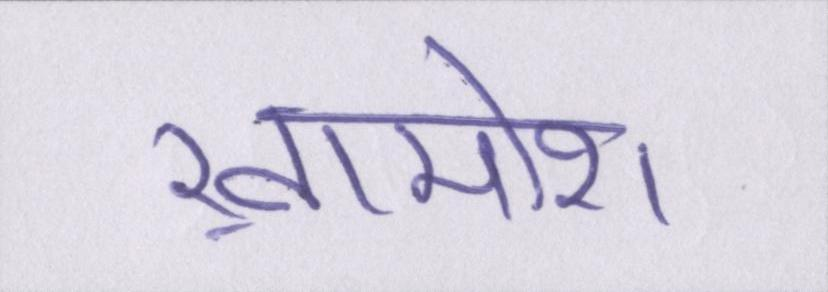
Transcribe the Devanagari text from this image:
ख़ामोश